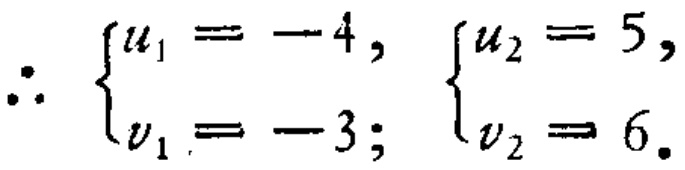
\(\therefore \left\{\begin{array}{l} u_{1}=-4,\\ v_{1}=-3;\end{array}\right. \left\{\begin{array}{l} u_{2}=5,\\ v_{2}=6.\end{array}\right.\)